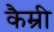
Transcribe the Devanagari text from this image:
कैम्री